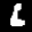
Label: 6